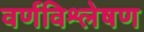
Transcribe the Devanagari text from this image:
वर्णविश्लेषण